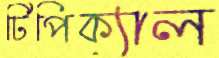
টিপিক্যাল